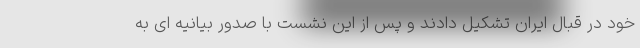
خود در قبال ایران تشکیل دادند و پس از این نشست با صدور بیانیه ای به